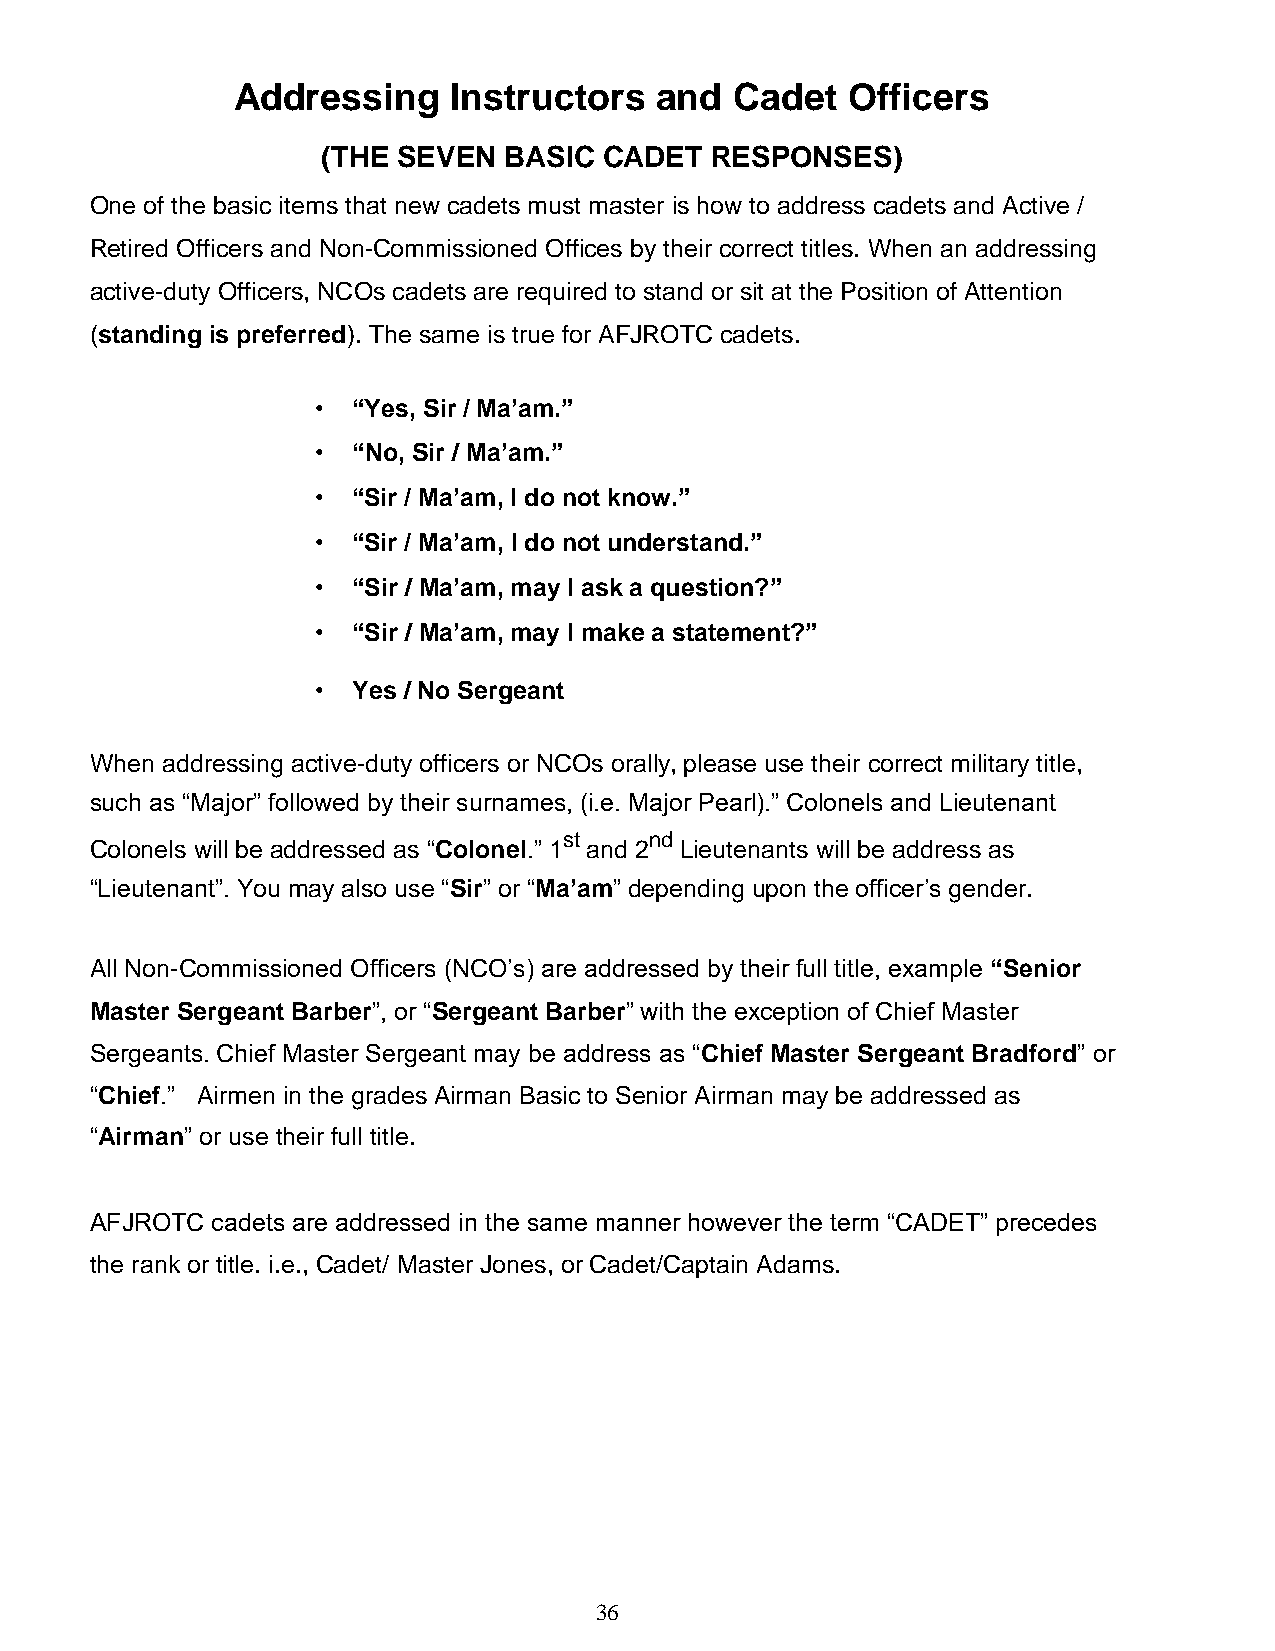
Addressing     Instructors  and   Cadet  Officers
 (THE SEVEN  BASIC  CADET  RESPONSES)
 One of the basic items that new cadets must master is how to address cadets and Active /
 Retired Officers and Non-Commissioned Offices by their correct titles. When an addressing
 active-duty Officers, NCOs cadets are required to stand or sit at the Position of Attention
 (standing is preferred). The same is true for AFJROTC cadets.
 • “Yes, Sir / Ma’am.”
 • “No, Sir / Ma’am.”
 • “Sir / Ma’am, I do not know.”
 • “Sir / Ma’am, I do not understand.”
 • “Sir / Ma’am, may I ask a question?”
 • “Sir / Ma’am, may I make a statement?”
 • Yes / No Sergeant
 When addressing active-duty officers or NCOs orally, please use their correct military title,
 such as “Major” followed by their surnames, (i.e. Major Pearl).” Colonels and Lieutenant
 st    nd
 Colonels will be addressed as “Colonel.” 1 and 2 Lieutenants will be address as
 “Lieutenant”. You may also use “Sir” or “Ma’am” depending upon the officer’s gender.
 All Non-Commissioned Officers (NCO’s) are addressed by their full title, example “Senior
 Master Sergeant Barber”, or “Sergeant Barber” with the exception of Chief Master
 Sergeants. Chief Master Sergeant may be address as “Chief Master Sergeant Bradford” or
 “Chief.” Airmen in the grades Airman Basic to Senior Airman may be addressed as
 “Airman” or use their full title.
 AFJROTC cadets are addressed in the same manner however the term “CADET” precedes
 the rank or title. i.e., Cadet/ Master Jones, or Cadet/Captain Adams.
 36